Vaccination in the Punjab 1905-1918 - 1905-1918
Year: 1905
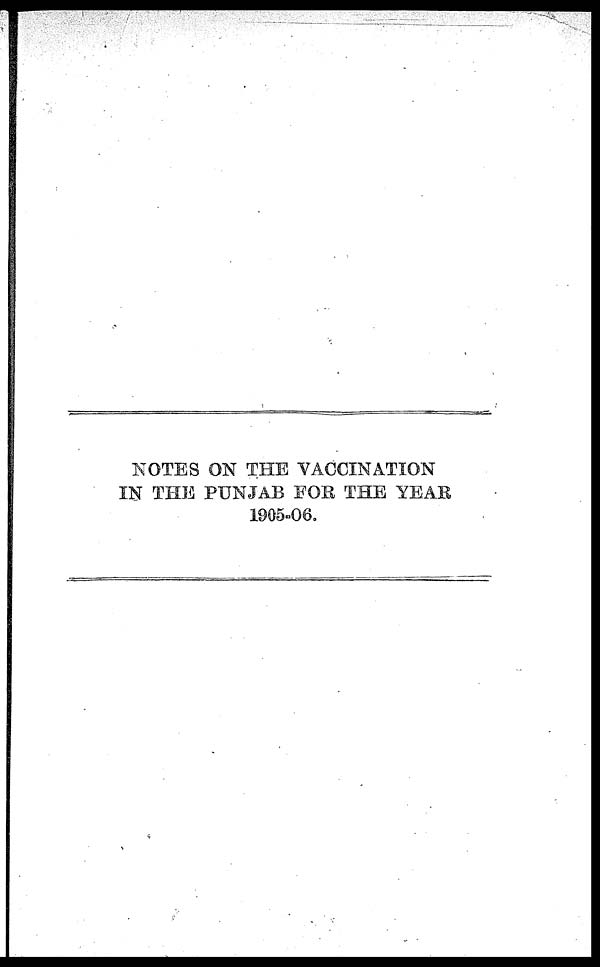
NOTES ON THE VACCINATION
IN THE PUNJAB FOR THE YEAR
1905-06.